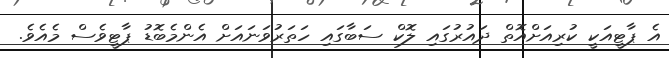
އެ ޕާޓީއަކީ ކުރިއަށްއޮތް ދައުރުގައި ލޮކް ސަބާގައި ހަތަރުވަނައަށް އެންމެބޮޑު ޕާޓީވެސް މެއެވެ.